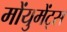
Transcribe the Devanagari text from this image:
मोंयुमेंट्स